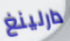
دارلينغ